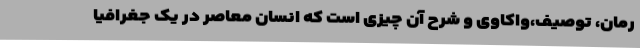
رمان، توصیف،واکاوی و شرح آن چیزی است که انسان معاصر در یک جغرافیا